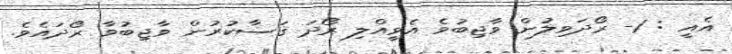
އެއީ : 1- ރޯދަވިލުން ވާޖިބުވެ އެވީއްލި ރޯދަ ޤަޟާކުރުން ވާޖިބުވާ ރޯދައެވެ.